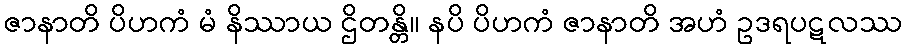
ဇာနာတိ ပိဟကံ မံ နိဿာယ ဌိတန္တိ။ နပိ ပိဟကံ ဇာနာတိ အဟံ ဥဒရပဋလဿ